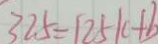
3 2 . 5 = 1 2 5 k + b